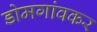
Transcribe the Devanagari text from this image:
डोमगांवकर